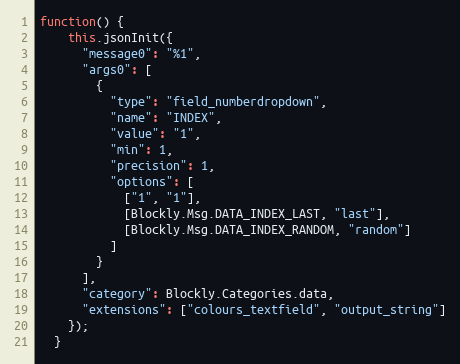
Language: JavaScript
function() {
    this.jsonInit({
      "message0": "%1",
      "args0": [
        {
          "type": "field_numberdropdown",
          "name": "INDEX",
          "value": "1",
          "min": 1,
          "precision": 1,
          "options": [
            ["1", "1"],
            [Blockly.Msg.DATA_INDEX_LAST, "last"],
            [Blockly.Msg.DATA_INDEX_RANDOM, "random"]
          ]
        }
      ],
      "category": Blockly.Categories.data,
      "extensions": ["colours_textfield", "output_string"]
    });
  }